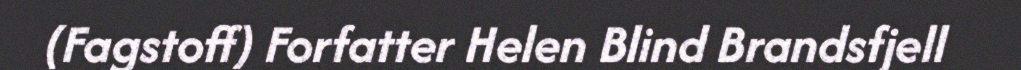
(Fagstoff) Forfatter Helen Blind Brandsfjell